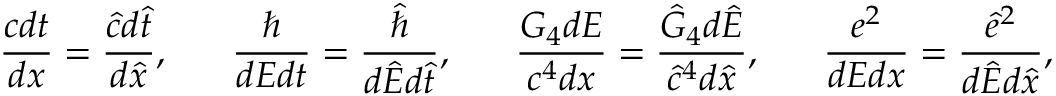
{ \frac { c d t } { d x } } = { \frac { \hat { c } d \hat { t } } { d \hat { x } } } , \ \ \ \ \ { \frac { \hbar } { d E d t } } = { \frac { \hat { \hbar } } { d \hat { E } d \hat { t } } } , \ \ \ \ \ { \frac { G _ { 4 } d E } { c ^ { 4 } d x } } = { \frac { \hat { G } _ { 4 } d \hat { E } } { \hat { c } ^ { 4 } d \hat { x } } } , \ \ \ \ \ { \frac { e ^ { 2 } } { d E d x } } = { \frac { \hat { e } ^ { 2 } } { d \hat { E } d \hat { x } } } ,